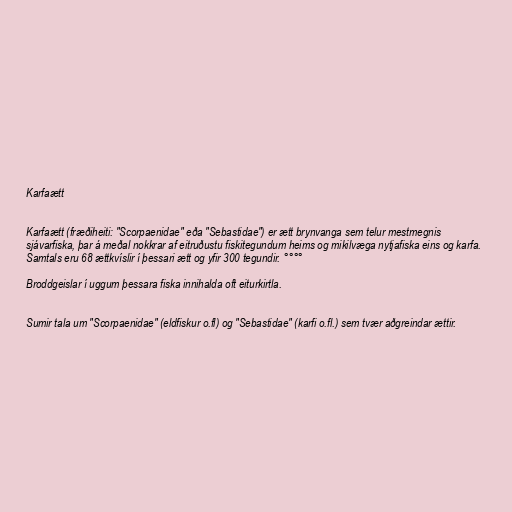
Karfaætt

Karfaætt (fræðiheiti: "Scorpaenidae" eða "Sebastidae") er ætt brynvanga sem telur mestmegnis
sjávarfiska, þar á meðal nokkrar af eitruðustu fiskitegundum heims og mikilvæga nytjafiska eins og karfa.
Samtals eru 68 ættkvíslir í þessari ætt og yfir 300 tegundir. °°°°

Broddgeislar í uggum þessara fiska innihalda oft eiturkirtla.

Sumir tala um "Scorpaenidae" (eldfiskur o.fl) og "Sebastidae" (karfi o.fl.) sem tvær aðgreindar ættir.